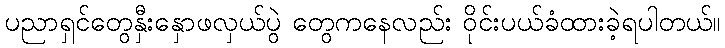
ပညာရှင်တွေနှီးနှောဖလှယ်ပွဲ တွေကနေလည်း ဝိုင်းပယ်ခံထားခဲ့ရပါတယ်။